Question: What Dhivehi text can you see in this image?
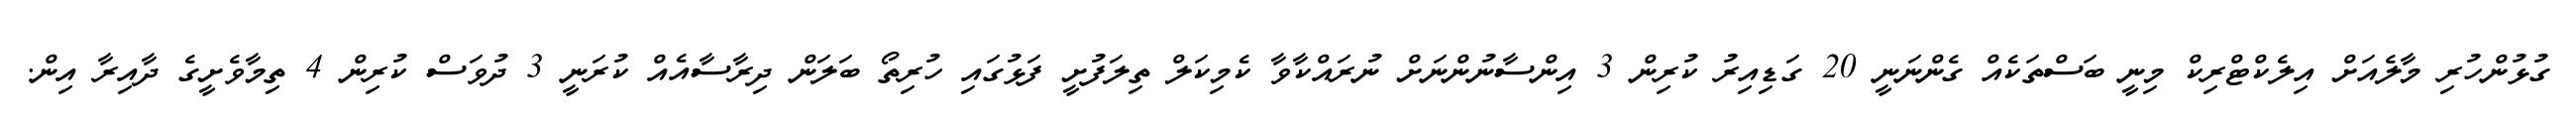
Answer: ގުޅުންހުރި މާލެއަށް އިލެކްޓްރިކް މިނީ ބަސްތަކެއް ގެންނަނީ 20 ގަޑިއިރު ކުރިން 3 އިންސާނުންނަށް ނުރައްކާވާ ކެމިކަލް ތިލަފުށީ ފަޅުގައި ހުރިތޯ ބަލަން ދިރާސާއެއް ކުރަނީ 3 ދުވަސް ކުރިން 4 ތިމާވެށީގެ ދާއިރާ އިން.